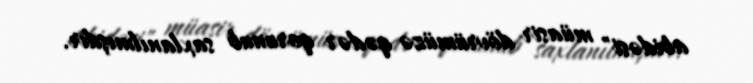
abidəsi" müasir dövrümüzə qədər qorunub saxlanılmışdır.